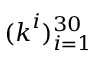
( \boldsymbol { k } ^ { i } ) _ { i = 1 } ^ { 3 0 }